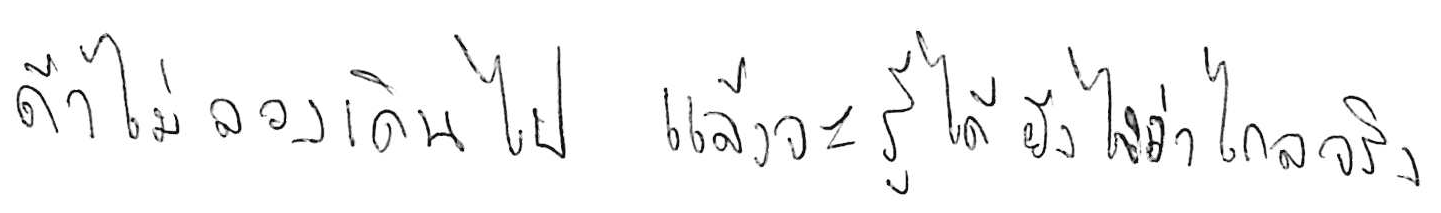
ถ้าไม่ลองเดินไป แล้วจะรู้ได้ยังไงว่าไกลจริง